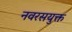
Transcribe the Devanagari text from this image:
नवरसयुक्त